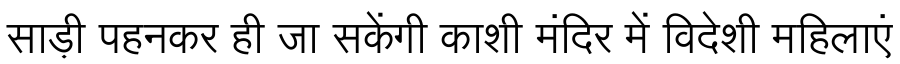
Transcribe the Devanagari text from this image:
साड़ी पहनकर ही जा सकेंगी काशी मंदिर में विदेशी महिलाएं